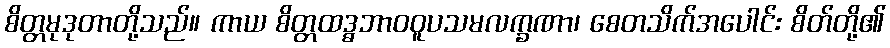
စိတ္တမုဒုတာတို့သည်။ ကာယ စိတ္တထဒ္ဓဘာဝဝူပသမလက္ခဏာ၊ စေတသိက်အပေါင်း စိတ်တို့၏